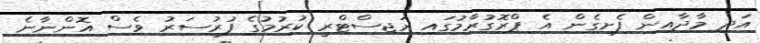
އަދި މާދާއިން ފެށިގެން އެ ޕްރޮގުރާމުގައި ރަޖިސްޓްރީ ކުރުމުގެ ފުރުސަރު ވެސް އޮންނާނެ